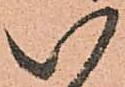
い